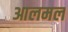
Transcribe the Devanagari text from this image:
आलमल